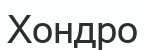
Хондро